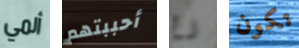
ألمي أحببتهم رع تكون